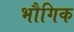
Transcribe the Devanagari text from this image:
भौगिक